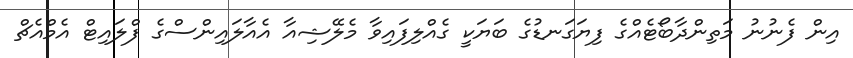
އިން ފެނުނު މަތިންދާބޯޓެއްގެ ފިޔަގަނޑުގެ ބަޔަކީ ގެއްލިފައިވާ މެލޭޝިއާ އެއާލައިންސްގެ ފްލައިޓް އެމްއެޗް